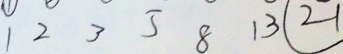
1 2 3 5 8 1 3 \textcircled { 2 1 }